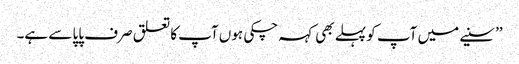
’’سنیے میں آپ کو پہلے بھی کہہ چکی ہوں آپ کا تعلق صرف پاپا سے ہے۔